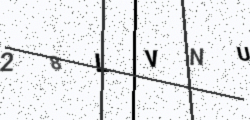
Text: 28LVNU